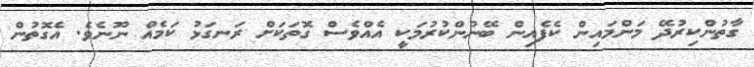
ގާތުންކިރުދޭ މަންމައިން ކެފެއިން ބޭނުންކުރުމަކީ އެެއްވެސް ގޮތަކަށް ރަނގަޅު ކަމެއް ނޫނެވެ. އެގޮތުން